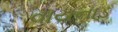
વાયનાડ